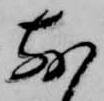
前